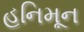
હનિમૂન